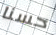
حسنا